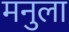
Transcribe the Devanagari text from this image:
मनुला